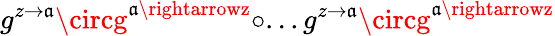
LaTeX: g^{z\rightarrow\mathfrak{a}}\circg^{\mathfrak{a}\rightarrowz}\circ...g^{z\rightarrow\mathfrak{a}}\circg^{\mathfrak{a}\rightarrowz}